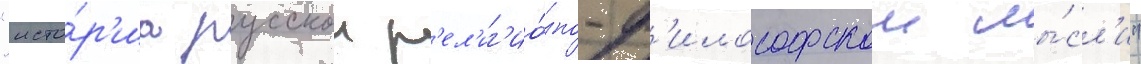
"исто́р'иа русскои р'ел'иг'ио́зно-ф'илософскои мы́сл'и"